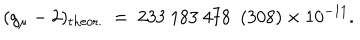
( g _ { \mu } - 2 ) _ { \mathrm { t h e o r . } } ~ = ~ 2 3 3 ~ 1 8 3 ~ 4 7 8 ~ ~ ( 3 0 8 ) \times 1 0 ^ { - 1 1 } .